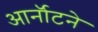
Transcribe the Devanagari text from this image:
आर्नॉटने